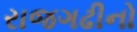
રાજગઢીનો